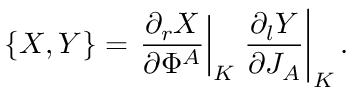
\{ X , Y \} = \left. { \frac { \partial _ { r } X } { \partial \Phi ^ { A } } } \right| _ { K } \left. { \frac { \partial _ { l } Y } { \partial J _ { A } } } \right| _ { K } .